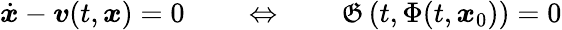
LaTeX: {\dot{\boldsymbol{x}}}-{\boldsymbol{v}}(t,{\boldsymbol{x}})=0\qquad\Leftrightarrow\qquad{\mathfrak{G}}\left(t,\Phi(t,{\boldsymbol{x}}_{0})\right)=0